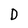
Character: D